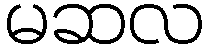
မဆလ